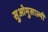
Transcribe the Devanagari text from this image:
सुओमुसाल्मी